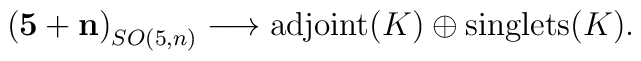
\mathbf{(5+n)}_{SO(5,n)}\longrightarrow \textrm{adjoint}(K)\oplus\textrm{singlets}(K).